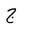
Letter: _gim